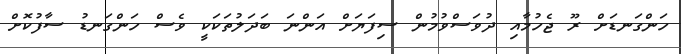
ހަންގަނޑަށް ރޫ ޖެހުމާއި ދުވަސްވުމުން ސިފަޔަށް އަންނަ ބަދަލުތަކަކީ ވެސް ހަންގަނޑު ސާފުކޮށް